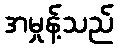
အမှုန့်သည်